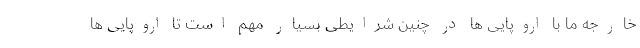
خارجه ما با اروپایی ها در چنین شرایطی بسیار مهم است تا اروپایی ها